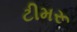
ટીમરૂ